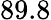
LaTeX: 89.8